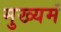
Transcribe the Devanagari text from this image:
मुख्यमं